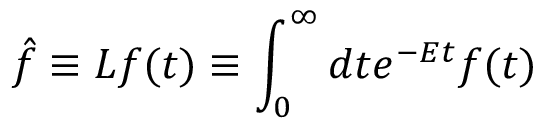
\hat { f } \equiv { \cal L } f ( t ) \equiv \int _ { 0 } ^ { \infty } d t e ^ { - E t } f ( t )